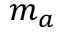
m _ { a }